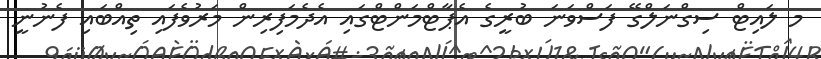
މ ލައިޓް ސިގްނަލްގޭ ފަސްވަނަ ބުރީގެ އެޕާޓްމަންޓްގައި އެދެމަފިރިން މަރުވެފައި ތިއްބައި ފެނުނީ